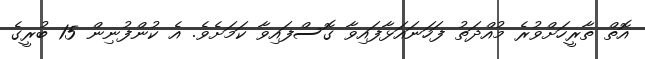
އޮތް ތާރީހަށްވުރެ މުއްދަތު ފަހަނައަޅާފައިވާ ގޮސްފައިވާ ކަމަށެވެ. އެ ކުންފުނިން 15 ބުރީގެ